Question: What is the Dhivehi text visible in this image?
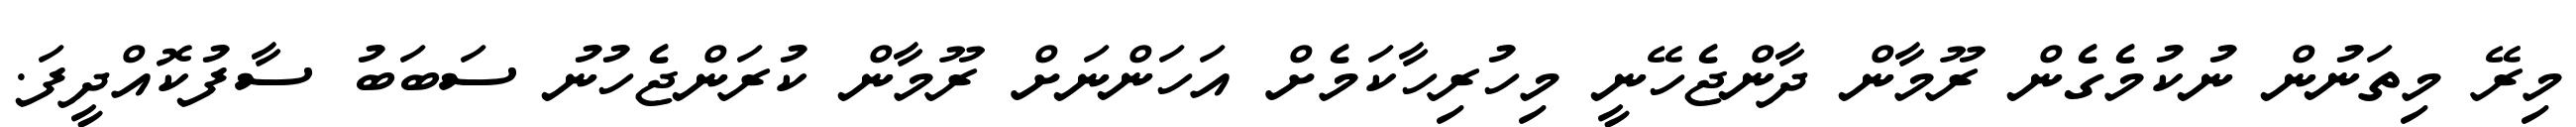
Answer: މިރޭ މިތަނުން ނުކުމެގެން ރޫމާން ދާންޖެހޭނީ މިހުރިހާކަމެށް އަހަންނަށް ރޫމާން ކުރަންޖެހުނު ސަބަބު ސާފުކޮއްދީފަ.